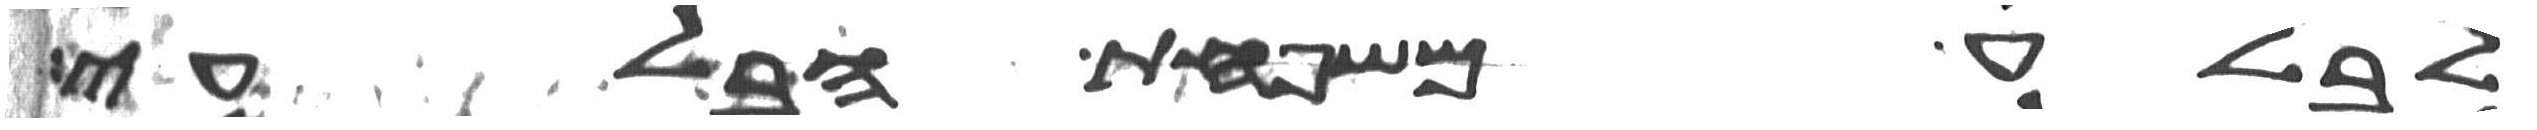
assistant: לבלע משפחת הבלעי